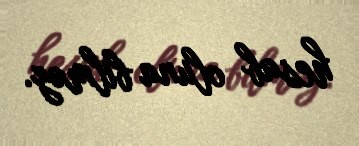
hesab oluna bilməz.